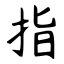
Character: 指